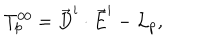
T _ { p } ^ { 0 0 } = \vec { D } ^ { i } \cdot \vec { E } ^ { i } - { \cal L } _ { p } ,